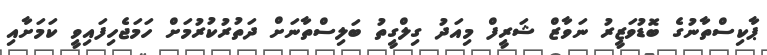
ޕާކިސްތާނުގެ ބޮޑުވަޒީރު ނަވާޒް ޝަރީފް މިއަދު ގިލްގީތު ބަލިސްތާނަށް ދަތުރުކުރުމަށް ހަމަޖެހިފައިވީ ކަމަށާއި